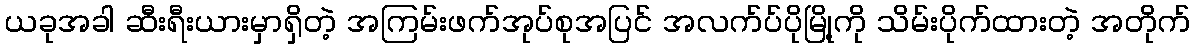
ယခုအခါ ဆီးရီးယားမှာရှိတဲ့ အကြမ်းဖက်အုပ်စုအပြင် အလက်ပ်ပိုမြို့ကို သိမ်းပိုက်ထားတဲ့ အတိုက်